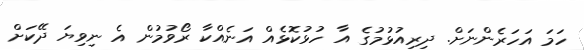
ހަމަ އަހަރެންނަށް. ދިރިއުޅުމުގެ އާ ހުޅުކޮޅެއް އަނެއްކާ ރޯވުމުން އެ ނިވިޔަ ދޭކަށް